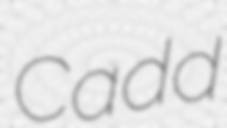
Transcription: Cadd